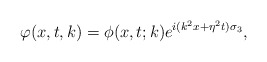
\begin{align*}\varphi(x,t,k)=\phi(x,t;k)e^{i(k^2x+\eta^2t)\sigma_3}, \end{align*}